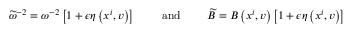
\widetilde { \omega } ^ { - 2 } = \omega ^ { - 2 } \left[ 1 + \epsilon \eta \left( x ^ { i } , v \right) \right] \qquad \mathrm { ~ a n d ~ } \qquad \widetilde { B } = B \left( x ^ { i } , v \right) \left[ 1 + \epsilon \eta \left( x ^ { i } , v \right) \right]